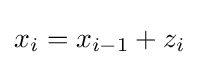
x_{i}=x_{i-1}+z_{i}